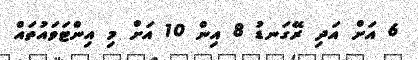
6 އަށް އަދި ރޭގަނޑު 8 އިން 10 އަށް މި އިންޓަވައުތައް